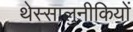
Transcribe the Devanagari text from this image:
थेस्सालुनीकियों